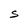
Character: s